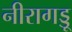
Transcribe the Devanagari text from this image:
नीरागड्डू